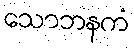
သောဘနကံ